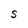
Character: S